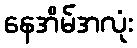
နေအိမ်အလုံး